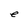
Character: e